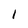
Character: 1